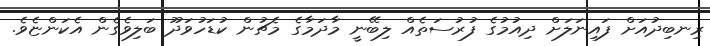
ރިނބިދުއަށް ފައިނަލަށް ދިއުމުގެ ފުރުސަތެއް ލިބޭނީ މާދަމާގެ މެޗުން ކުޑަހުވަދޫ ބަލިވެގެން އެކަންޏެވެ.